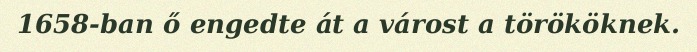
1658-ban ő engedte át a várost a törököknek.